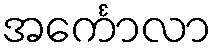
အင်္ကောလာ